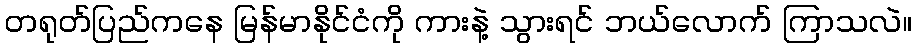
တရုတ်ပြည်ကနေ မြန်မာနိုင်ငံကို ကားနဲ့ သွားရင် ဘယ်လောက် ကြာသလဲ။